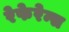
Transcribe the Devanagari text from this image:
रेफेरेन्स